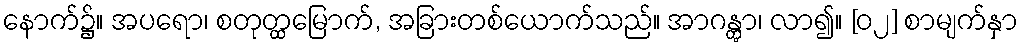
နောက်၌။ အပရော၊ စတုတ္ထမြောက်, အခြားတစ်ယောက်သည်။ အာဂန္တွာ၊ လာ၍။ [၀၂] စာမျက်နှာ